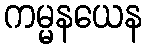
ကမ္မနယေန